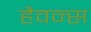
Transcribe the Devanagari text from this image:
हैवन्स